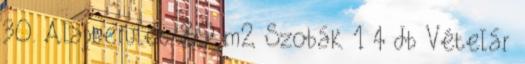
30. Alapterület 89 m2 Szobák 1 4 db Vételár